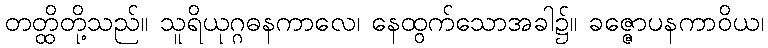
တတ္ထိတို့သည်။ သူရိယုဂ္ဂဓနကာလေ၊ နေထွက်သောအခါ၌။ ခဇ္ဇောပနကာဝိယ၊